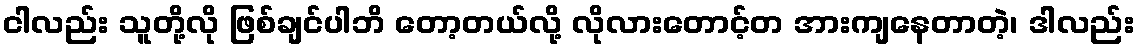
ငါလည်း သူတို့လို ဖြစ်ချင်ပါဘိ တော့တယ်လို့ လိုလားတောင့်တ အားကျနေတာတဲ့၊ ဒါလည်း